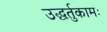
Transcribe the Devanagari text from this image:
उद्धर्तुकामः